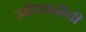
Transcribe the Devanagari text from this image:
उमेदवारीची